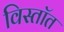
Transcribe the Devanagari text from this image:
विस्तॉत